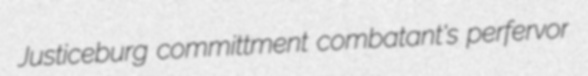
Justiceburg committment combatant's perfervor